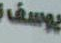
يوسف